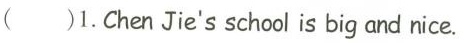
（）1.Chen Jie's school is big and nice.